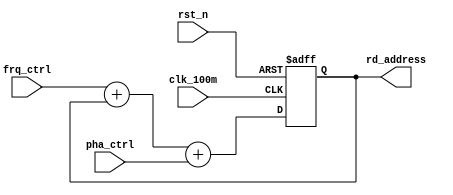
module accumulator( //generate address which reads rom
    clk_100m  ,
    rst_n     ,
    pha_ctrl  ,    //phase control word
    frq_ctrl  ,    //frequency control word
    rd_address     //rd_address which reads rom
    );

    input               clk_100m;
    input               rst_n   ;
    input [7:0]         pha_ctrl;   //normally is 0,if mobile phase assigns a value
    input [7:0]         frq_ctrl;   //maintain a certain value to output stable sine wave,if increase then output a higher frequency sine wave

    output reg [7:0]    rd_address;

    always@(posedge clk_100m or negedge rst_n)begin
        if(rst_n==1'b0)begin
            rd_address <= 8'h00;
        end
        else begin
            rd_address <= frq_ctrl + rd_address + pha_ctrl;
        end
    end

    endmodule